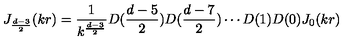
J _ { \frac { d - 3 } { 2 } } ( k r ) = \frac { 1 } { k ^ { \frac { d - 3 } { 2 } } } D ( \frac { d - 5 } { 2 } ) D ( \frac { d - 7 } { 2 } ) \cdots D ( 1 ) D ( 0 ) J _ { 0 } ( k r )